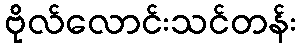
ဗိုလ်လောင်းသင်တန်း